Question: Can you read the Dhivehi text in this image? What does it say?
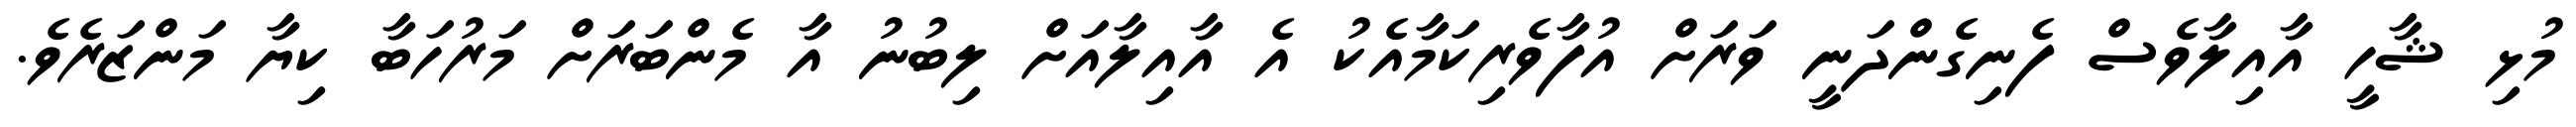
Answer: މުޅި ޝާހީ އާއިލާވެސް ފެނިގެންދަނީ ވަރަށް އުފާވެރިކަމާއެކު އެ އާއިލާއަށް ލިބުނު އާ މެންބަރަށް މަރުހަބާ ކިޔާ މަންޒަރެވެ.